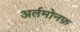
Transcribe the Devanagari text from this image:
अर्तमोनफ़